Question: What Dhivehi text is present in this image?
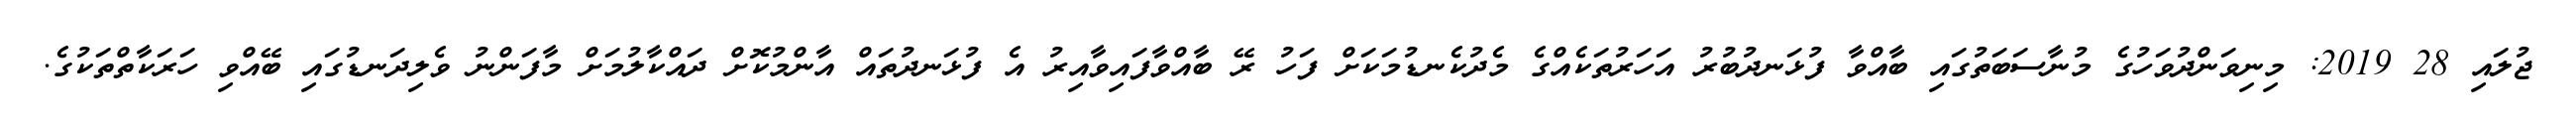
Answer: ޖުލައި 28 2019: މިނިވަންދުވަހުގެ މުނާސަބަތުގައި ބާއްވާ ފުޅަނދުބުރު އަހަރުތަކެއްގެ މެދުކެނޑުމަކަށް ފަހު ރޭ ބާއްވާފައިވާއިރު އެ ފުޅަނދުތައް އާންމުކޮށް ދައްކާލުމަށް މާފަންނު ވެލިދަނޑުގައި ބޭއްވި ހަރަކާތްތަކުގެ.